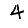
Digit: 4